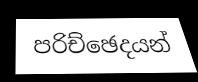
පරිච්ඡෙදයන්